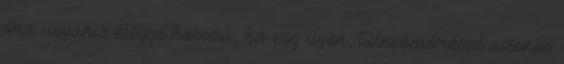
óra ugyanis eléggé hosszú, ha egy ilyen, túlnyomórészt azonos